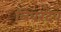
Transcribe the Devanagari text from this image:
त्रिवरदेव